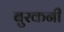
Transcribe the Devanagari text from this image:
बुरकनी